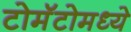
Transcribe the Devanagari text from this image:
टोमॅटोमध्ये